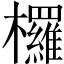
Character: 欏